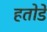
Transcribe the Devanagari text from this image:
हतोडे